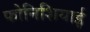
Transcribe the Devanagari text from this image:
फोनिशियाई